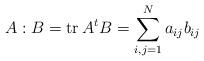
LaTeX: \begin{align*}A:B=\mathrm{tr}\: A^tB=\sum_{i,j=1}^N a_{ij} b_{ij}\end{align*}